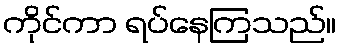
ကိုင်ကာ ရပ်နေကြသည်။